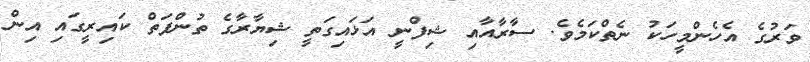
ވަރުގެ އެހެންމީހަކު ނެތްކަމެވެ. ސާރާއާއި ޝިފްނީ އަޅައިގަތީ ޝިޔާރާގެ ތުންފަތް ކައިރީގައި އިން